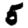
Digit: 5